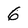
Character: 6